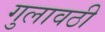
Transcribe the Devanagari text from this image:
गुलावठी